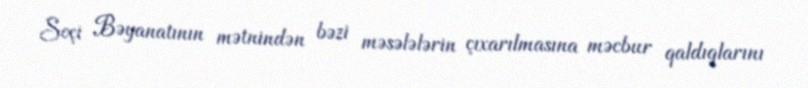
Soçi Bəyanatının mətnindən bəzi məsələlərin çıxarılmasına məcbur qaldıqlarını